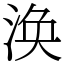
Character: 涣